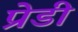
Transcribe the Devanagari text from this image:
प्रेडी